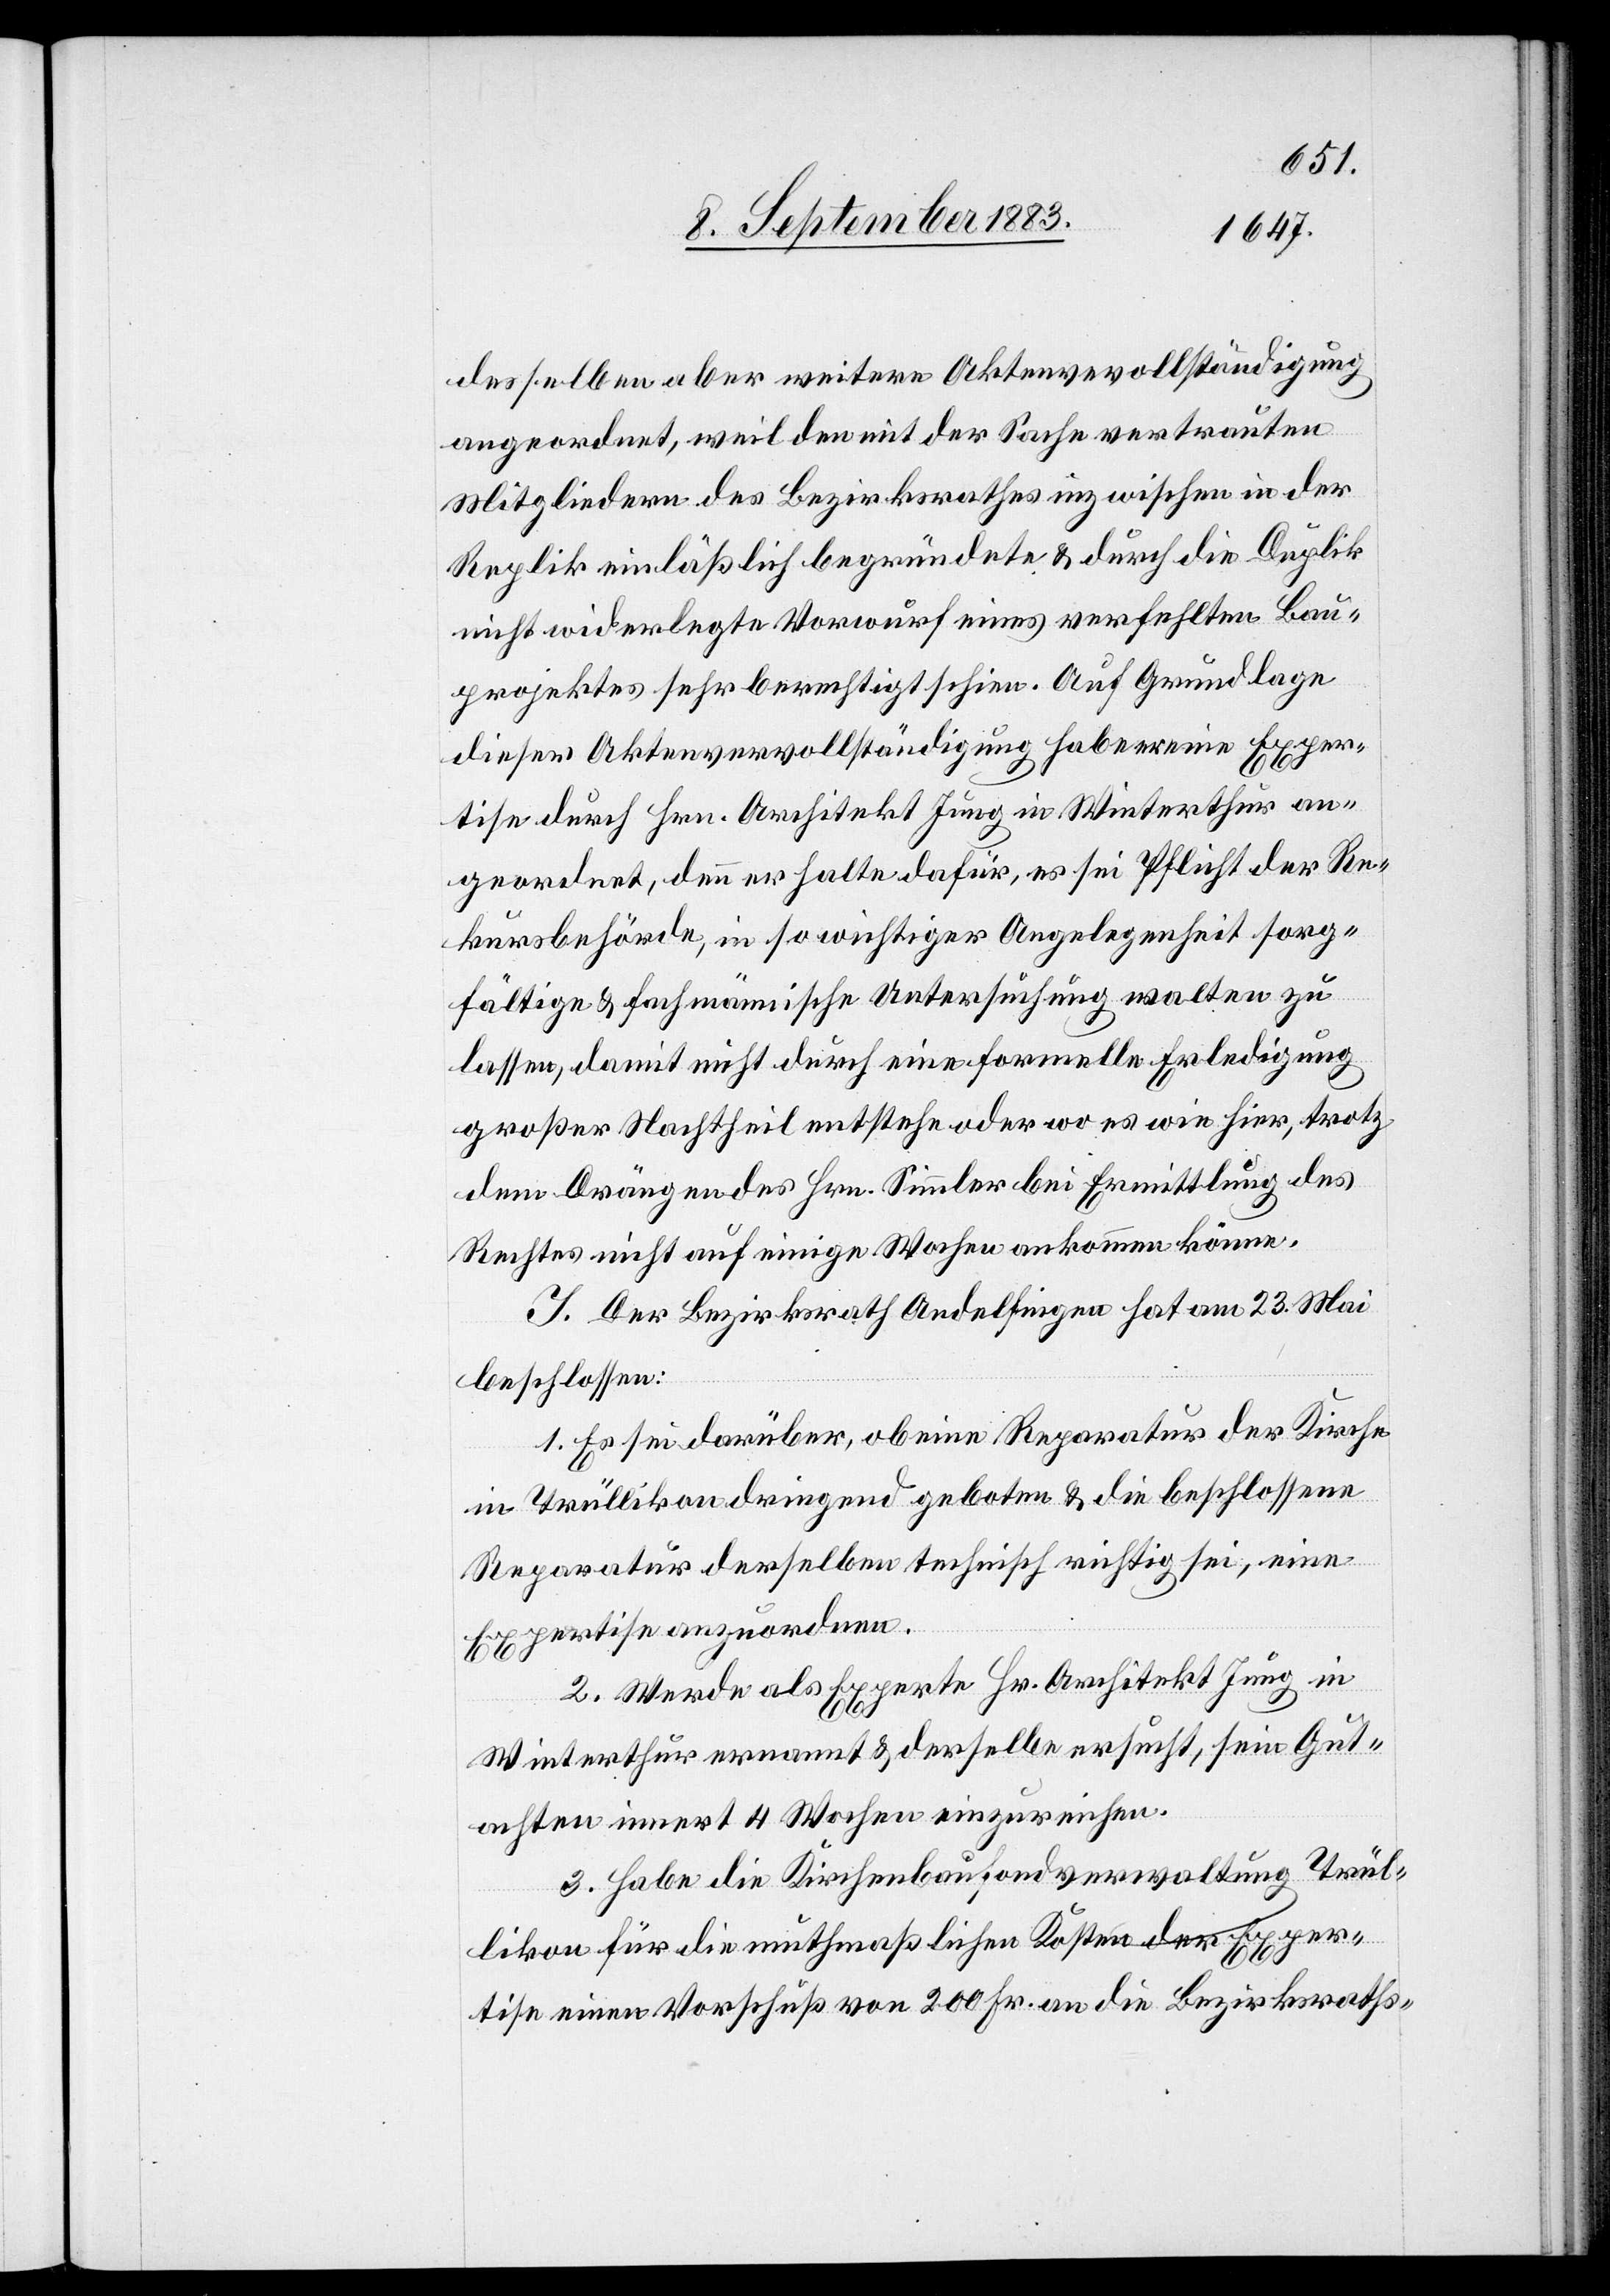
desselben aber weitere Aktenve[r]vollständigung
angeordnet, weil den mit der Sache vertrauten
Mitgliedern des Bezirksrathes inzwischen [der]
Replik einläßlich begründete & durch Duplik
nicht widerlegte Vorwurf eines verfehlten Bau¬
projektes sehr berechtigt schien. Auf Grundlage
dieser Aktenvervollständigung habe er eine Exper¬
tise durch Hrn. Architekt Jung in Winterthur an¬
geordnet, denn er halte dafür, es sei Pflicht der Re¬
kursbehörde, in so wichtiger Angelegenheit sorg¬
fältige & fachmännische Untersuchung walten zu
lassen, damit nicht durch eine formelle Erledigung
großer Nachtheil entstehe oder es wie hier, trotz
dem Drängen des Hrn. Simmler bei Ermittlung des
Rechtes nicht auf einige Wochen ankommen könne.
J. Der Bezirksrath Andelfingen hat am 23. Mai
beschlossen:
1. Es sei darüber, ob eine Reparatur der Kirche
in Trüllikon dringen geboten & die beschlossene
Reparatur derselben technisch richtig sei, eine
Expertise anzuordnen.
2. Werde als Experte Hr. Architekt Jung in
Winterthur ernannt & derselbe ersucht, sein Gut¬
achten innert 4 Wochen einzureichen.
3. Habe die Kirchenbaufondverwaltung Trül¬
likon für die muthmaßlichen Kosten der Exper¬
tise einen Vorschuß von 200 Fr. an die Bezirksraths-